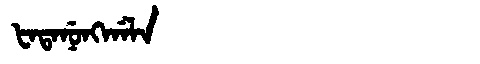
Manchu: ᡶᠠᡨᠠᠨᡠᠩᡤᠠᠯᠠ
Romanization: FATANUNGGALA